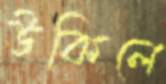
উকিলে